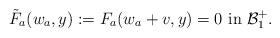
LaTeX: \begin{align*}\tilde{F}_a(w_a,y) := F_a(w_a+v,y)=0 \mbox{ in } \mathcal{B}_{1}^+.\end{align*}